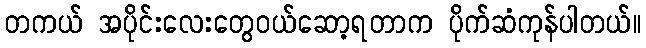
တကယ် အပိုင်းလေးတွေဝယ်ဆော့ရတာက ပိုက်ဆံကုန်ပါတယ်။